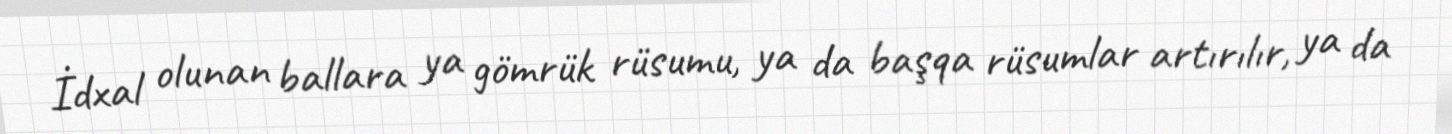
İdxal olunan ballara ya gömrük rüsumu, ya da başqa rüsumlar artırılır, ya da